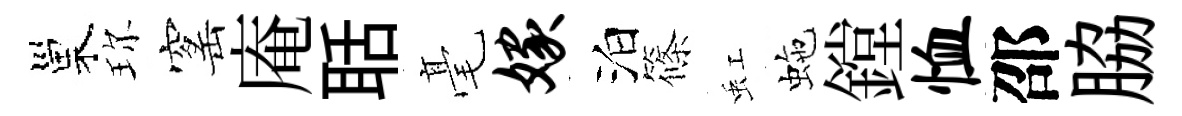
巢珎窰庵聒毫嫁泊篠虹虵鏜恤邵脇